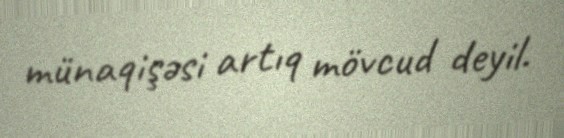
münaqişəsi artıq mövcud deyil.